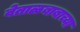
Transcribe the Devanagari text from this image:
वेताळबाबाच्या